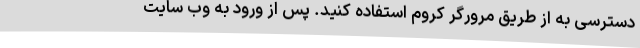
دسترسی به از طریق مرورگر کروم استفاده کنید. پس از ورود به وب سایت